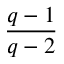
\frac { q - 1 } { q - 2 }